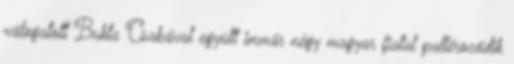
válogatott Bukta Csabával együtt immár négy magyar fiatal pallérozódik